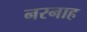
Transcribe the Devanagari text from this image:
नरनाह